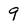
Character: 9